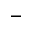
-